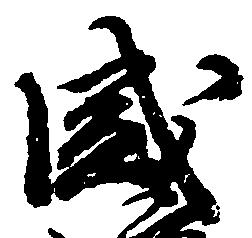
盛